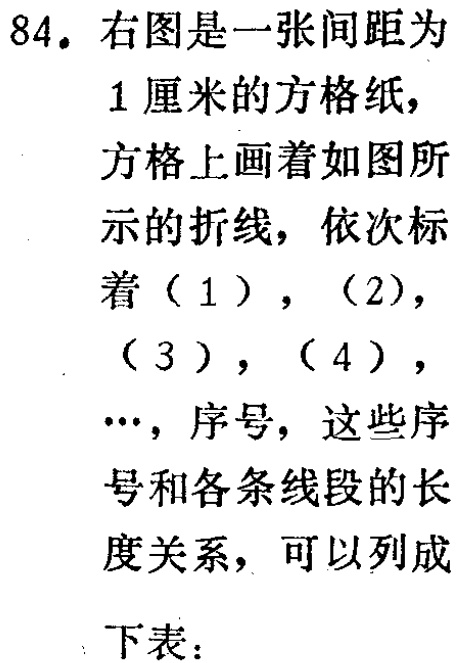
84. 右图是一张间距为

1 厘米的方格纸，

方格上画着如图所

示的折线，依次标

着（1），（2），

（3），（4），

…，序号，这些序

号和各条线段的长

度关系，可以列成

下表：